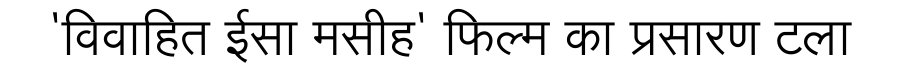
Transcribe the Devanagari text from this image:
'विवाहित ईसा मसीह' फिल्म का प्रसारण टला